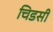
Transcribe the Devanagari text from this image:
चिडसी